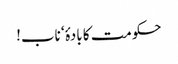
حکومت کا بادۂ‘ ناب!